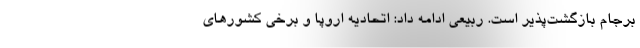
برجام بازگشت‌پذیر است. ربیعی ادامه داد: اتحادیه اروپا و برخی کشورهای